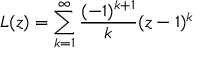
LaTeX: L ( z ) = \sum _ { k = 1 } ^ { \infty } { \frac { ( - 1 ) ^ { k + 1 } } { k } } ( z - 1 ) ^ { k }